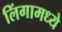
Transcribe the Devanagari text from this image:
लिंगामध्ये